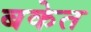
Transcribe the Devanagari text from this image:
बकेत